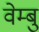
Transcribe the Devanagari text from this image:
वेम्बु